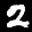
Label: 2